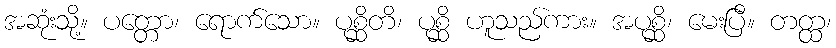
အဆုံးသို့။ ပတ္တော၊ ရောက်သော။ ပုစ္ဆိတိ၊ ပုစ္ဆိ ဟူသည်ကား။ အပုစ္ဆိ၊ မေးပြီ။ တတ္ထ၊